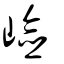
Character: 嶮